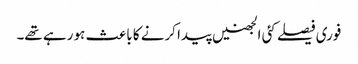
فوری فیصلے کئی الجھنیں پیدا کرنے کا باعث ہو رہے تھے۔